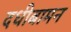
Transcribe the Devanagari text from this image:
दधीबामन